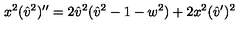
x ^ { 2 } ( { \hat { v } ^ { 2 } } ) ^ { \prime \prime } = 2 { \hat { v } } ^ { 2 } ( { \hat { v } } ^ { 2 } - 1 - w ^ { 2 } ) + 2 x ^ { 2 } ( { \hat { v } } ^ { \prime } ) ^ { 2 }